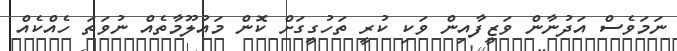
ނަމަވެސް އަދުނާން ވަޒީފާއިން ވަކި ކުރީ ތަހުގީގަށް ކޮން މައުލޫމާތެއް ނުވަތަ ހެއްކެއް